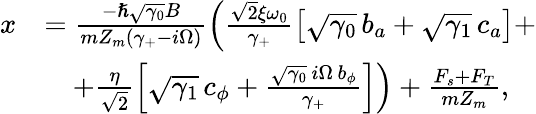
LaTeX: \begin{array}{rl}{x}&{=\frac{-\hslash\sqrt{\gamma_{0}}B}{mZ_{m}(\gamma_{+}-i\Omega)}\left(\frac{\sqrt 2\xi\omega_{0}}{\gamma_{+}}\big[\sqrt{\gamma_{0}}\, b_{a}+\sqrt{\gamma_{1}}\, c_{a}\big]+\right.}\\ &{\quad\left.+\frac{\eta}{\sqrt 2}\left[\sqrt{\gamma_{1}}\, c_{\phi}+\frac{\sqrt{\gamma_{0}}\, i\Omega\, b_{\phi}}{\gamma_{+}}\right]\right)+\frac{F_{s}+F_{T}}{mZ_{m}},}\end{array}